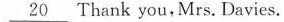
\underline{20} Thank you,Mrs. Davies.